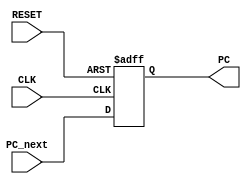
module PC (
	input CLK, RESET,
	input [31:0] PC_next,
	output reg [31:0] PC
	);

always @(posedge RESET or posedge CLK) 
begin
	if (RESET == 1'b1) begin
		PC <= 32'b0;
	end
	else begin
		PC <= PC_next;
	end
	$display("________________"); //_16
	$display($time);
	//$display("______PC.v______");
	$display("Current PC: %d", PC);
end

endmodule